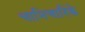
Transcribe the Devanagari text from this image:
चाभिचारिके